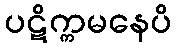
ပဋိက္ကမနေပိ